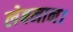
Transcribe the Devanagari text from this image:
लेबनान।